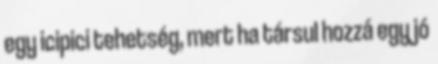
egy icipici tehetség, mert ha társul hozzá egy jó